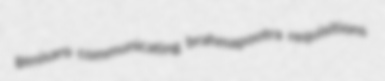
genisaro communicating brahmapootra requisitions